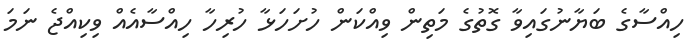
ހިއްސާގެ ބަޔާނުގައިވާ ގޮތުގެ މަތިން ވިއްކަން ހުށަހަޅާ ހުރިހާ ހިއްސާއެއް ވިކިއްޖެ ނަމަ